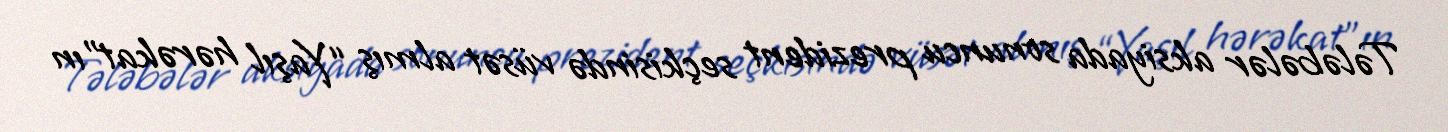
Tələbələr aksiyada sonuncu prezident seçkisində vüsət almış “Yaşıl hərəkat”ın